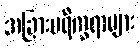
အခြားပရိက္ခရာများ